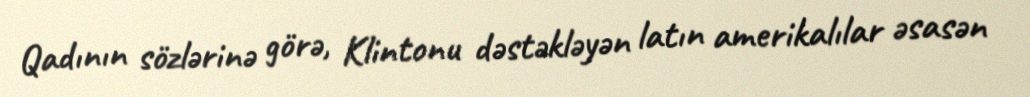
Qadının sözlərinə görə, Klintonu dəstəkləyən latın amerikalılar əsasən